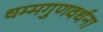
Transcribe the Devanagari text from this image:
धम्मगुणवर्धना